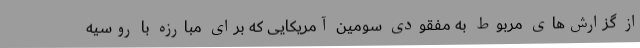
از گزارش‌های مربوط به مفقودی سومین آمریکایی که برای مبارزه با روسیه